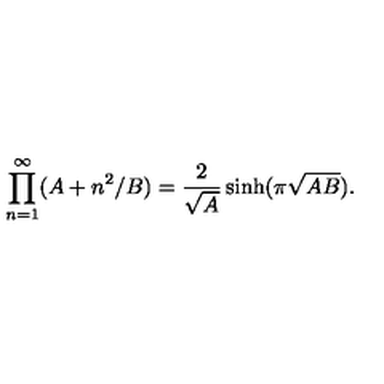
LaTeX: \prod _ { n = 1 } ^ { \infty } ( A + n ^ { 2 } / B ) = { \frac { 2 } { \sqrt { A } } } \sinh ( \pi \sqrt { A B } ) .